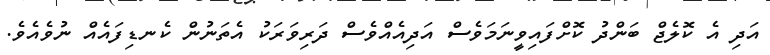
އަދި އެ ކޮލެޖް ބަންދު ކޮށްފައިވީނަމަވެސް އަދިއެއްވެސް ދަރިވަރަކު އެތަނުން ކެނޑިފައެއް ނުވެއެވެ.